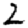
Digit: 2